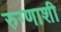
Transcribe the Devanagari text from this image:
रुग्णाशी